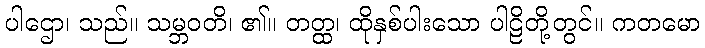
ပါဌော၊ သည်။ သမ္ဘဝတိ၊ ၏။ တတ္ထ၊ ထိုနှစ်ပါးသော ပါဠိတို့တွင်။ ကတမော